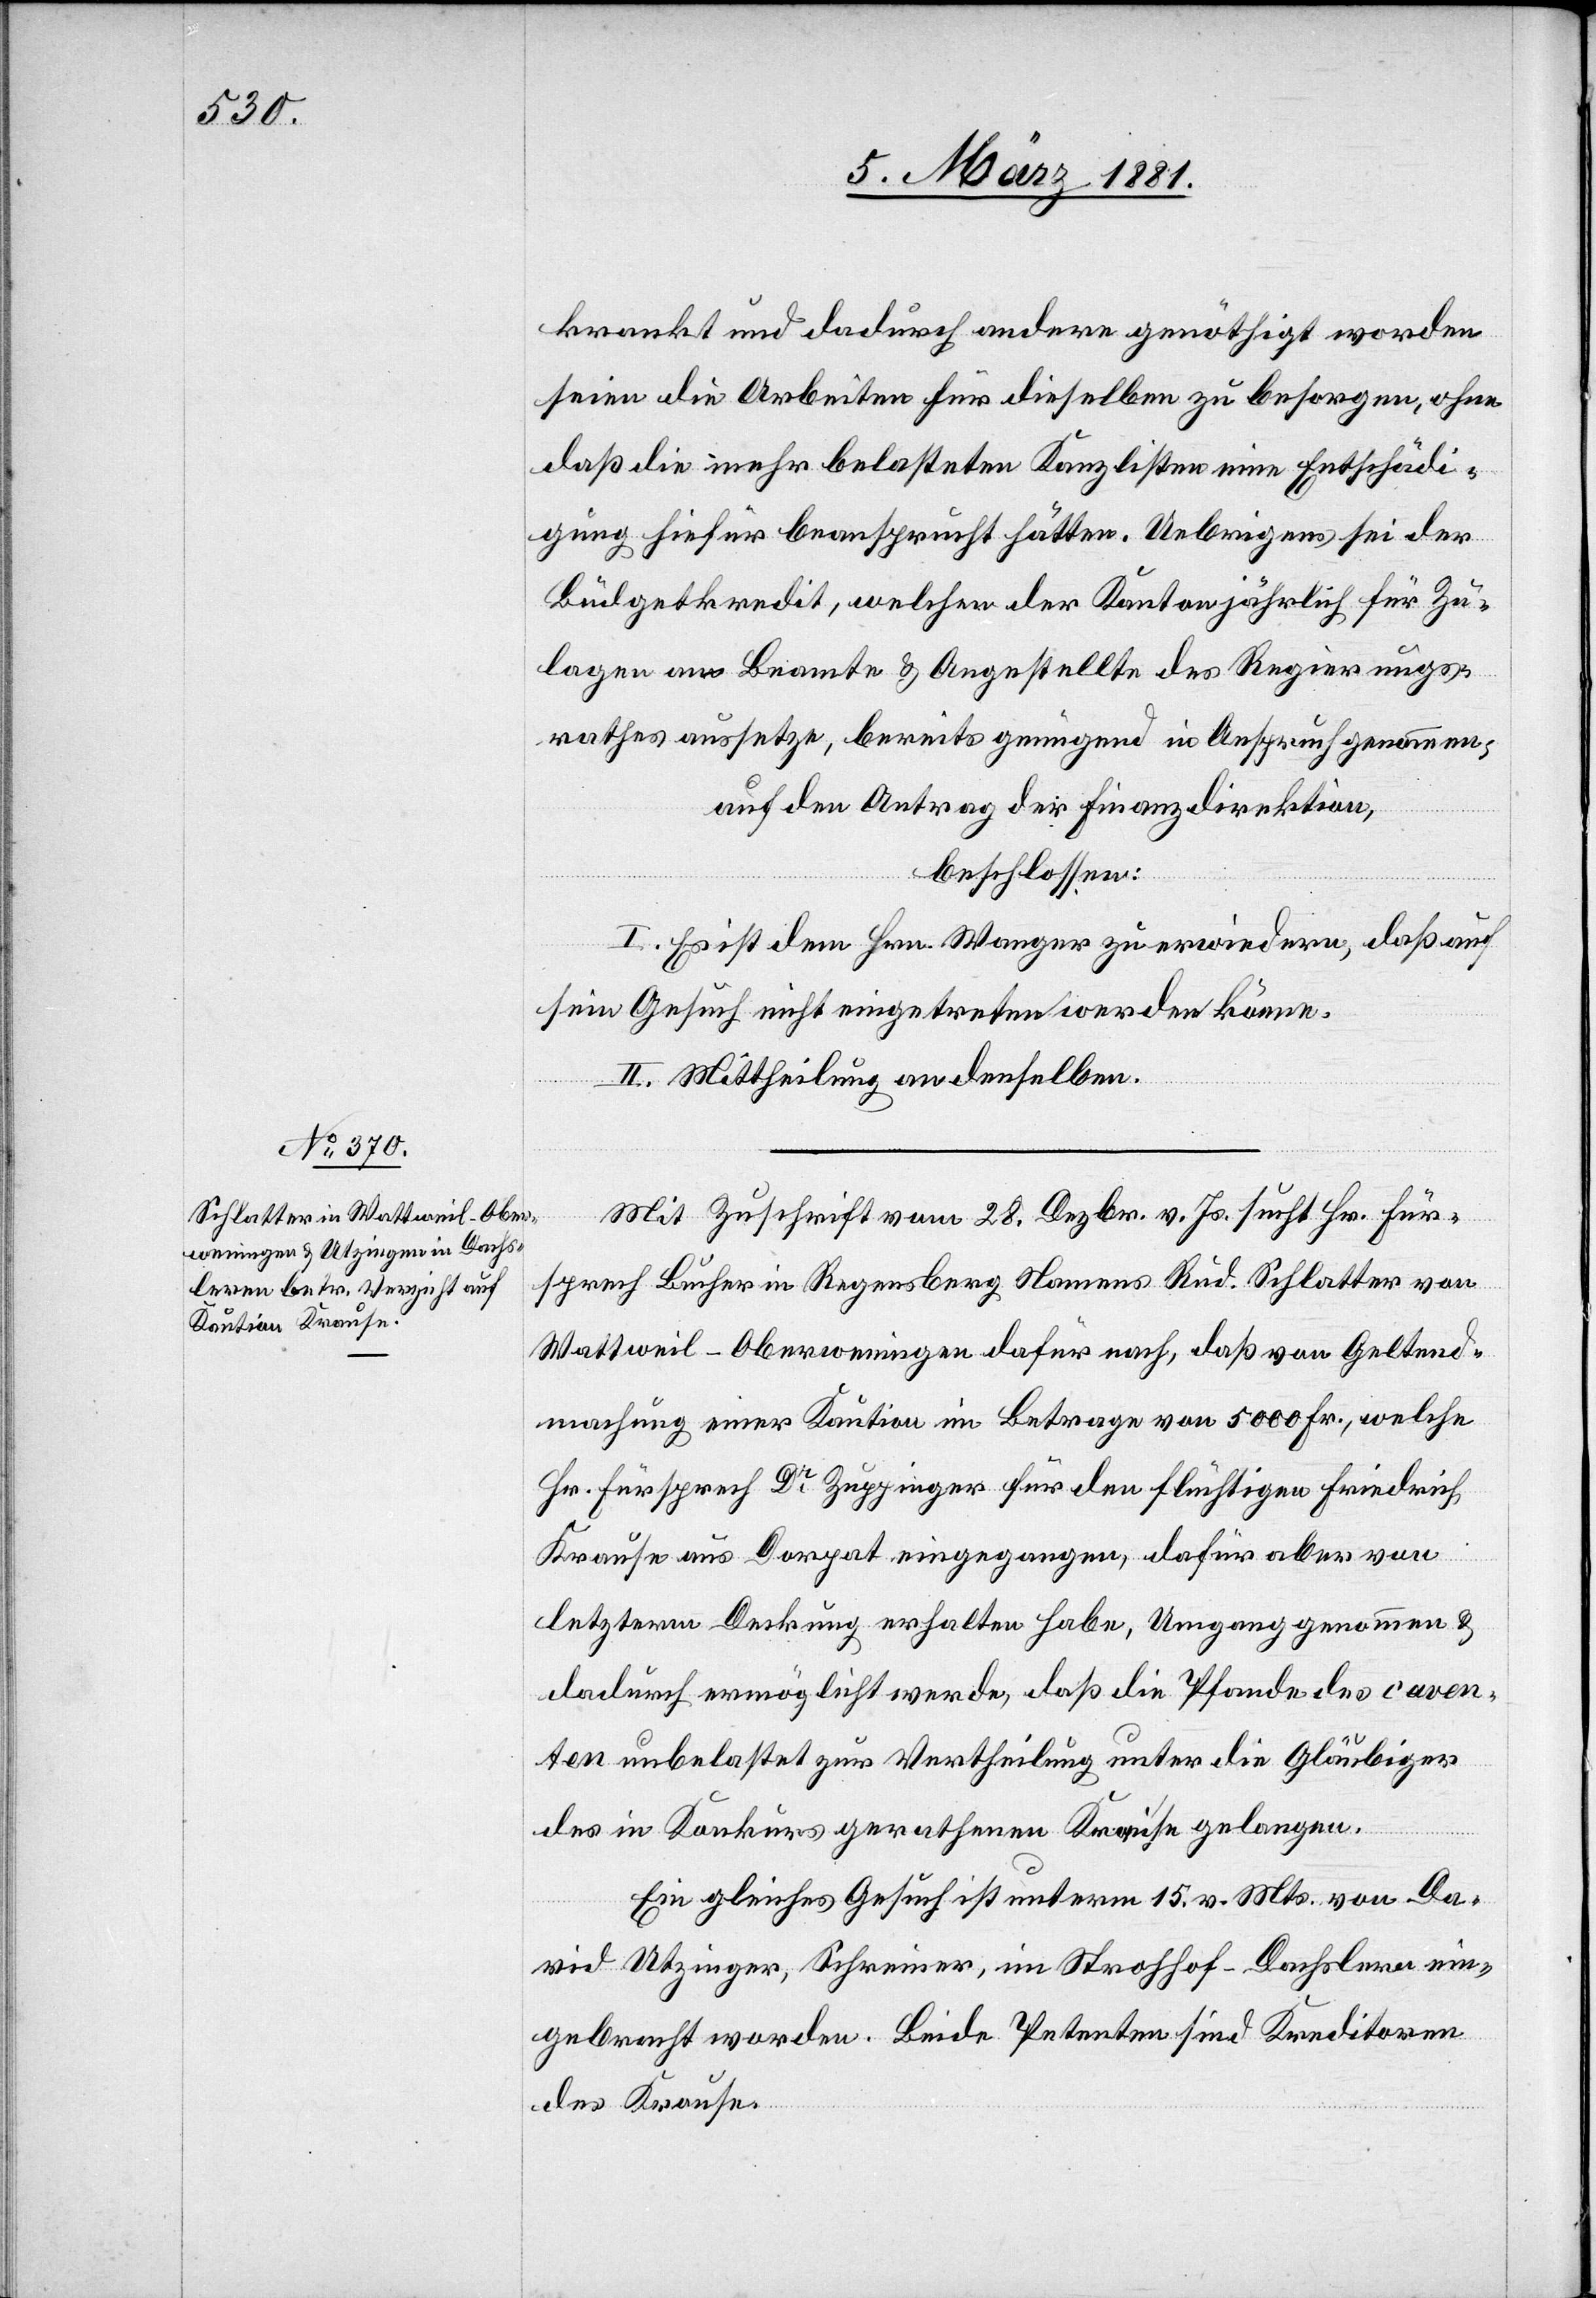
krankt und dadurch andere genöthigt worden
seien die Arbeiten für dieselben zu besorgen, ohne
daß die mehr belasteten Kanzlisten eine Entschädi¬
gung hiefür beansprucht hätten. Uebrigens sei der
Büdgetkredit, welchen der Kanton jährlich für Zu¬
lagen an Beamte & Angestellte des Regierungs¬
rathes aussetze, bereits genügend in Anspruch genommen,
auf den Antrag der Finanzdirektion,
beschlossen:
I. Es ist dem Hrn. Wanger zu erwiedern, daß auf
sein Gesuch nicht eingetreten werden könne.
II. Mittheilung an denselben.
Mit Zuschrift vom 28. Dezbr. v. Js. sucht Hr. Für¬
sprech Bucher in Regensberg Namens Rud. Schlatter von
Wattweil - Oberweningen dafür nach, daß von Geltend¬
machung einer Kaution im Betrage von 5000 Fr., welche
Hr. Fürsprech Dr Zuppinger für den flüchtigen Friedrich
Krause aus Dorpat eingegangen, dafür aber von
letzterm Deckung erhalten habe, Umgang genommen &
dadurch ermöglicht werde, daß die Pfande des caven¬
ten unbelastet zur Vertheilung unter die Gläubiger
des in Konkurs gerathenen Krause gelangen.
Ein gleiches Gesuch ist unterm 15. v. Mts. von Da¬
vid Utzinger, Schreiner, im Strohhof - Dachslern ein¬
gebracht worden. Beide Petenten sind Kreditoren
des Kraus.